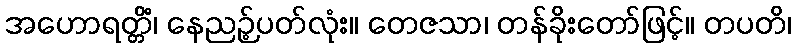
အဟောရတ္တိံ၊ နေညဉ့်ပတ်လုံး။ တေဇသာ၊ တန်ခိုးတော်ဖြင့်။ တပတိ၊